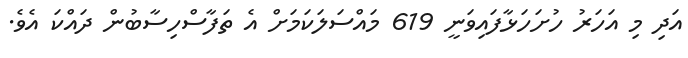
އަދި މި އަަހަރު ހުށަހަޅާފައިވަނީ 619 މައްސަލަކަމަށް އެ ތަފާސްހިސާބުން ދައްކަ އެވެ.